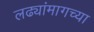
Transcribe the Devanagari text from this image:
लढ्यांमागच्या